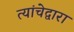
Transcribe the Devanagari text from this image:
त्यांचेद्वारा